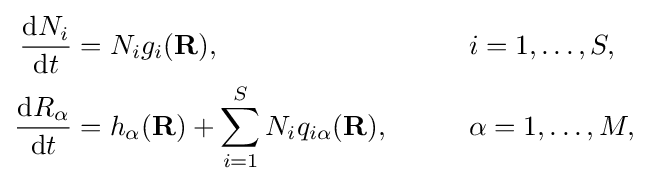
{\begin{aligned}{\frac {\mathrm {d} N_{i}}{\mathrm {d} t}}&=N_{i}g_{i}(\mathbf {R} ),&&\qquad i=1,\dots ,S,\\{\frac {\mathrm {d} R_{\alpha }}{\mathrm {d} t}}&=h_{\alpha }(\mathbf {R} )+\sum _{i=1}^{S}N_{i}q_{i\alpha }(\mathbf {R} ),&&\qquad \alpha =1,\dots ,M,\end{aligned}}